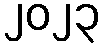
၂၀၂၃